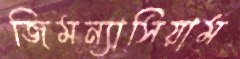
জিমন্যাসিয়াম